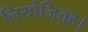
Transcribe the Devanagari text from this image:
नियोजितह।